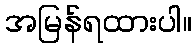
အမြန်ရထားပါ။